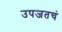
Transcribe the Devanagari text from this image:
उपजतचं